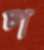
প